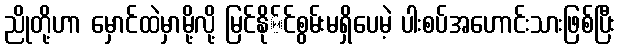
ညိုတို့ဟာ မှောင်ထဲမှာမို့လို့ မြင်နို်င်စွမ်းမရှိပေမဲ့ ပါးစပ်အဟောင်းသားဖြစ်ပြီး